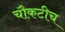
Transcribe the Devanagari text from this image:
चौकटीच